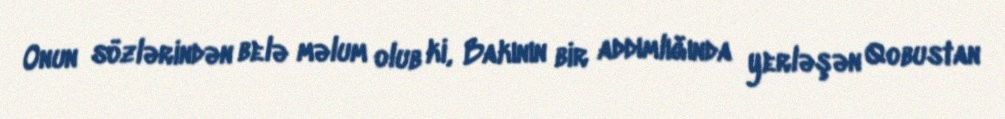
Onun sözlərindən belə məlum olub ki, Bakının bir addımlığında yerləşən Qobustan